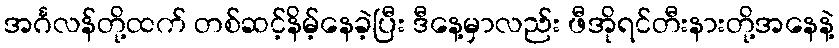
အင်္ဂလန်တို့ထက် တစ်ဆင့်နိမ့်နေခဲ့ပြီး ဒီနေ့မှာလည်း ဖီအိုရင်တီးနားတို့အနေနဲ့